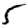
Digit: 5